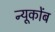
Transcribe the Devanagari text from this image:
न्यूकोंब